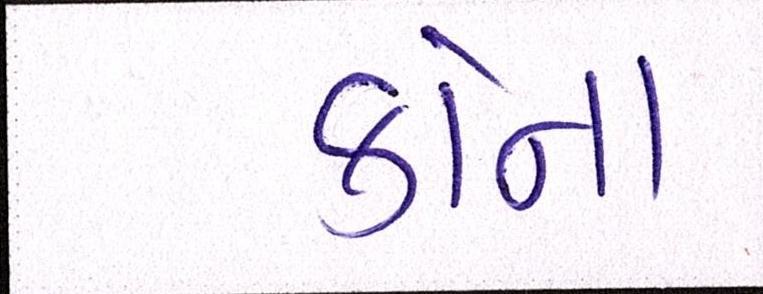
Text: કોના